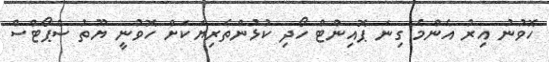
ހޮވުނު އިރު އެންމެ ގިނަ ޕޮއިންޓް ހޯދި ކުޅުންތެރިޔަކަށް ހޮވުނީ ޔޫތު ސްޕޯޓްސް